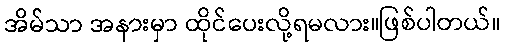
အိမ်သာ အနားမှာ ထိုင်ပေးလို့ရမလား။ဖြစ်ပါတယ်။